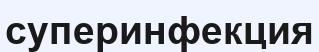
суперинфекция